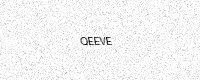
Text: QEEVE